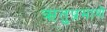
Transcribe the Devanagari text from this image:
ऋतुप्रमाणे